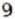
9